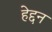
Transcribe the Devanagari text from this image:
हेद्दन